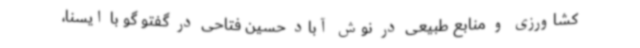
کشاورزی و منابع طبیعی در نوش آباد حسین فتاحی در گفتو گو با ایسنا،